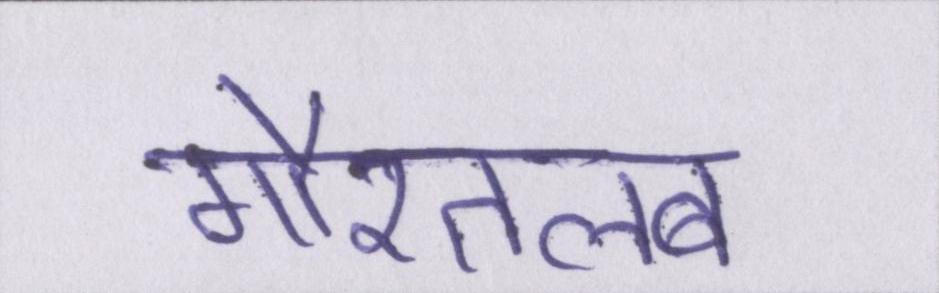
गौरतलब